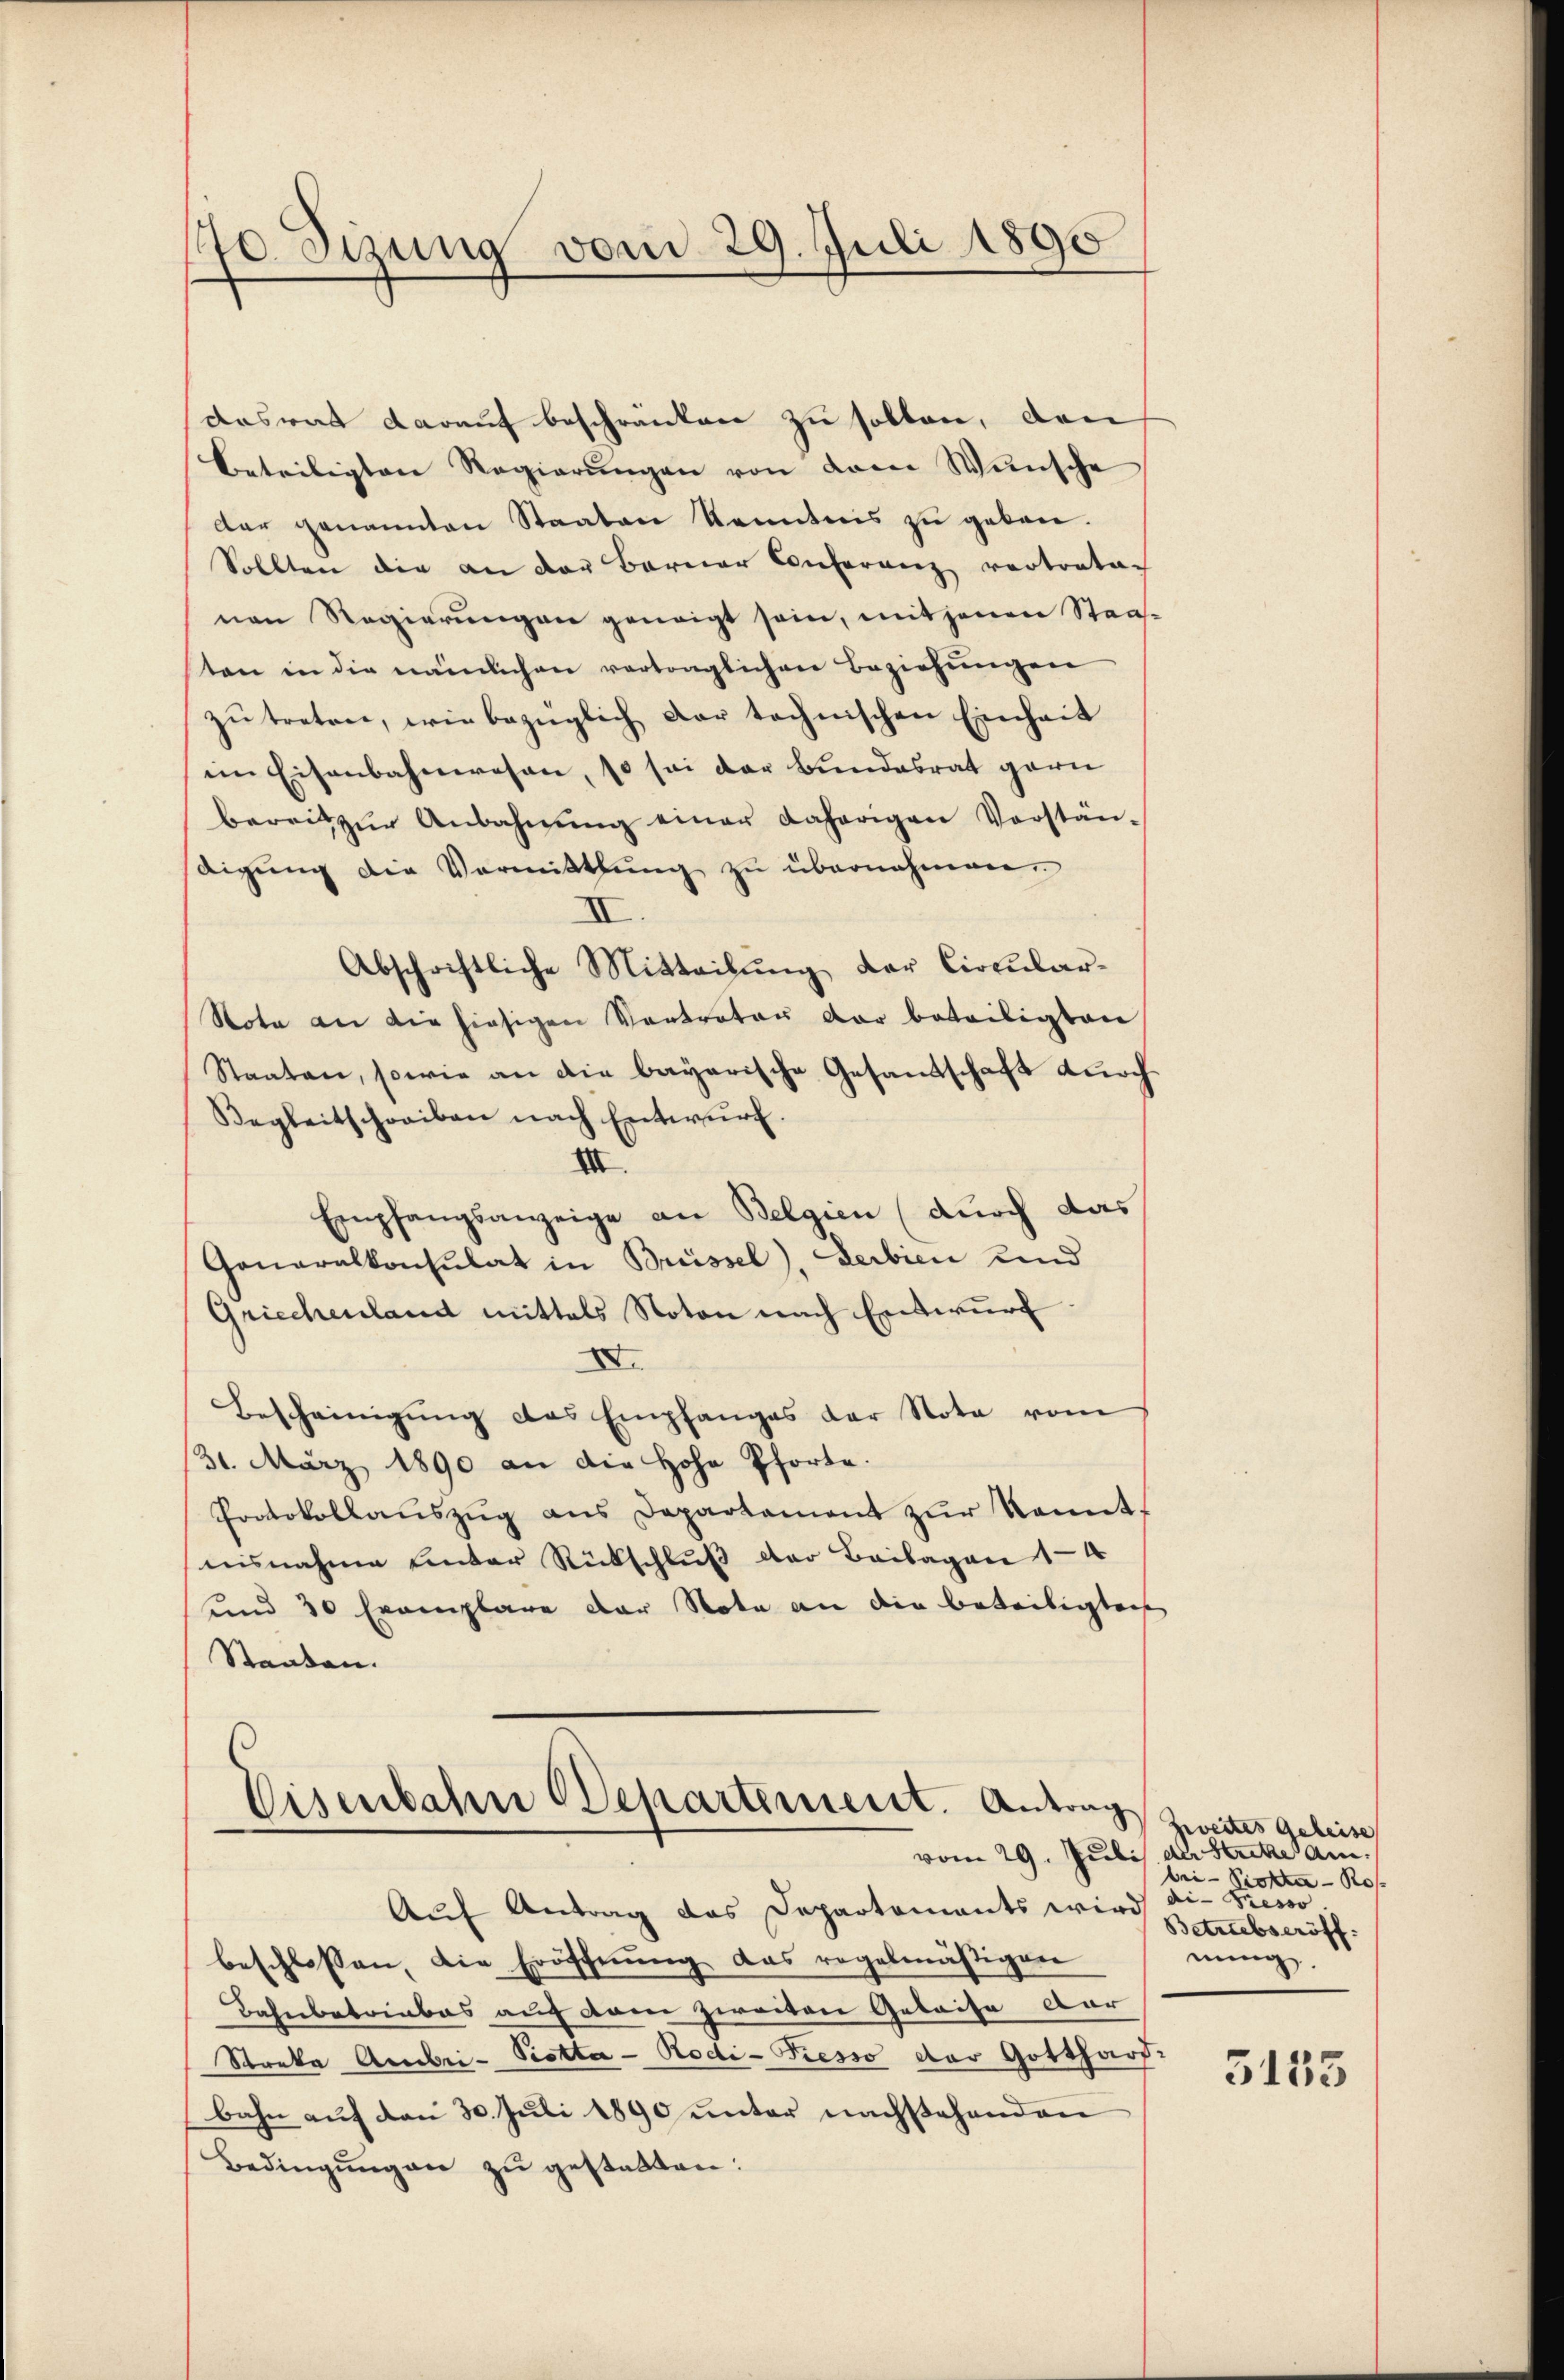
desrat darauf beschränken zu sollen, den
Beteiligten Regierŭngen von dem Wünsche
der genannten Staaten Kenntnis zu geben.
Sollten die an der Barner Conferenz vertratac
nen Regierungen geneigt sein, mit jenen Staasten in die nämlichen vertraglichen Beziehŭngen
zŭ treten, wie bezüglich dar technischen Einheit
im Eisenbahnwesen, so sei der Bundesrat garn
bereit zŭr Anbahnŭng einer daherigen Vorstän-
digŭng die Vermittlung zŭ übernahmen.
II
Abschriftliche Mitteilŭng der Circŭlar-
Nota an die hiesigen Vertrator der beteiligten
Staaten, sowie an die bayerische Gesandschaft durch
Begleitschreiben nach Entwŭrf.
III.
Empfangsanzeige an Belgien (durch das
Generalkonsulat in Brüssel), Lerbien und
Griechenland mittels Noton nach Entwurf.
XV.
Bescheinigung des Empfanges der Nota vom
31. März 1890 an die Hohe Pforte.
Protokollaŭszŭg ans Departament zŭr Kennt-
nisnahme unter Rückschluß der Beilagen 14
sund 30 Exemplare der Note an die beteiligten
Staaten.

70 Sizung vom 29. Juli 1890

Eisenbahn Departement. Antrag

Auf Antrag das Departaments wird die Presso
beschlossen, die Eröffnung das regelmäßigen
Bahnbetriebes auf dem zweiten Gebaise dar
Streka Ambri-Piotta - Rodi-Piesso der Gotthard-
bahn auf den 30. Juli 1890 unter nachstehenden
Bedingungen zu gestatten:

Zweites Geleise
vom 29. Juli der Stritze am
bri-Piotta - Ros
Betriebseröff
nung.

3133